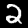
Label: 2